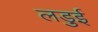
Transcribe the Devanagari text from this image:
लड़ुई